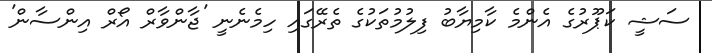
ސަޝީ ކަޕޫރުގެ އެންމެ ކާމިޔާބު ފިލުމުތަކުގެ ތެރޭގައި ހިމެނެނީ 'ޖާންވާރް އޯރް އިންސާން'